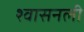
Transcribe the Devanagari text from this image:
श्‍वासनली